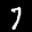
Label: 7